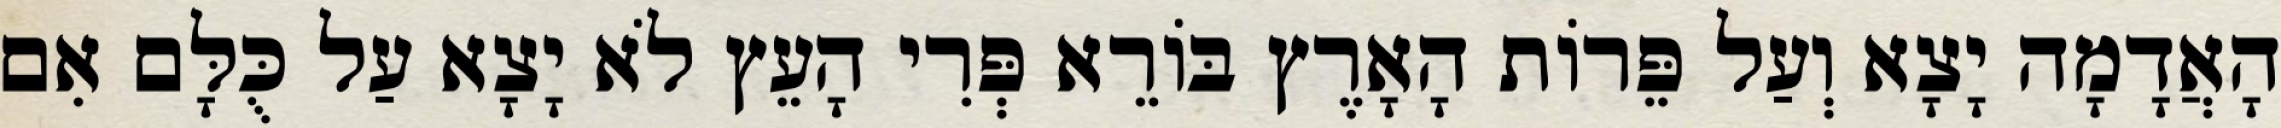
הָאֲדָמָה יָצָא וְעַל פֵּרוֹת הָאָרֶץ בּוֹרֵא פְּרִי הָעֵץ לֹא יָצָא עַל כֻּלָּם אִם